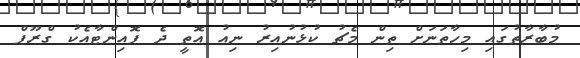
މުބާރާތުގައި މިހާތަނަށް ތިން މެޗު ކުޅުނުއިރު ނިއު އޮތީ ދެ ޕޮއިންޓާއެކު ގްރޫޕް